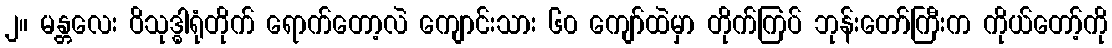
၂။ မန္တလေး ဝိသုဒ္ဓါရုံတိုက် ရောက်တော့လဲ ကျောင်းသား ၆၀ ကျော်ထဲမှာ တိုက်ကြပ် ဘုန်းတော်ကြီးက ကိုယ်တော့်ကို